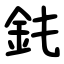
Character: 䤜